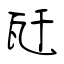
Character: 瓩